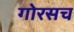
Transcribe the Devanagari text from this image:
गोरसच